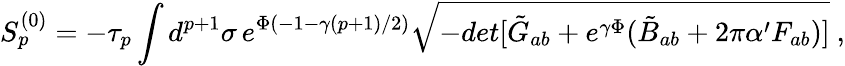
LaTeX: S_{p}^{(0)}=-\tau_{p}\int d^{p+1}\sigma\, e^{\Phi(-1-\gamma(p+1)/2)}\sqrt{-det[\tilde{G}_{ab}+e^{\gamma\Phi}(\tilde{B}_{ab}+2\pi\alpha^{\prime}F_{ab})]}~,